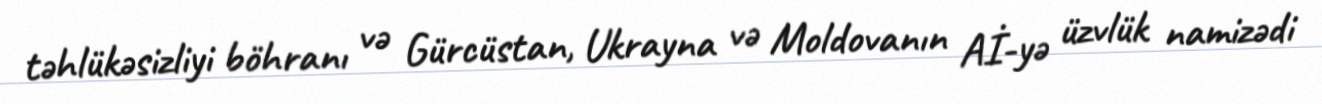
təhlükəsizliyi böhranı və Gürcüstan, Ukrayna və Moldovanın Aİ-yə üzvlük namizədi